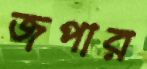
জপার